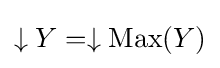
\downarrow Y=\downarrow \operatorname {Max} (Y)